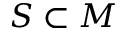
S \subset M